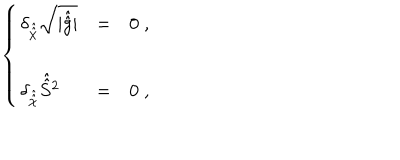
\left\{ \begin{array} { l c l } { { \delta _ { \hat { \hat { \chi } } } \sqrt { | \hat { \hat { g } } | } } } & { { = } } & { { 0 \; , } } \\ { { } } & { { } } & { { } } \\ { { \delta _ { \hat { \hat { \chi } } } \hat { \hat { S } } { } ^ { 2 } } } & { { = } } & { { 0 \; , } } \\ \end{array} \right.